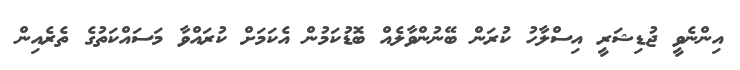
އިންނެވީ ޖުޑިޝަރީ އިސްލާހު ކުރަން ބޭނުންވާލެއް ބޮޑުކަމުން އެކަމަށް ކުރައްވާ މަސައްކަތުގެ ތެރެއިން